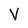
Character: V